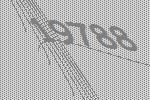
19788